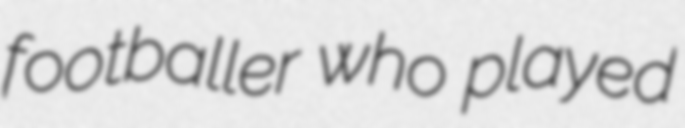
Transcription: footballer who played